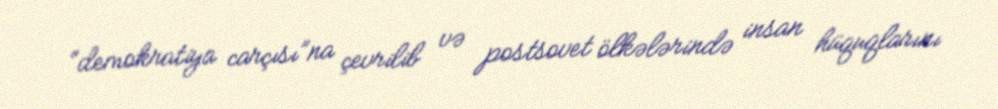
“demokratiya carçısı”na çevrilib və postsovet ölkələrində insan hüquqlarını